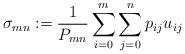
LaTeX: \begin{align*}\sigma_{mn}:=\frac{1}{P_{mn}}\sum_{i=0}^m\sum_{j=0}^{n}p_{ij}u_{ij}\end{align*}